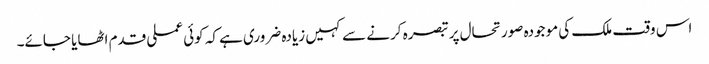
اس وقت ملک کی موجودہ صورتحال پر تبصرہ کرنے سے کہیں زیادہ ضروری ہے کہ کوئی عملی قدم اٹھایا جائے۔